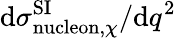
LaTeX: \mathrm{d}\sigma_{\mathrm{nucleon},\chi}^{\mathrm{SI}}/\mathrm{d}q^{2}